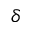
\delta